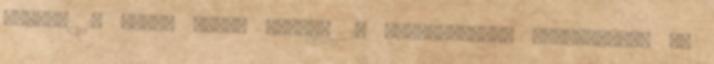
stílus 15 külső égési levegő 24 légöblítéses látványajtó 88